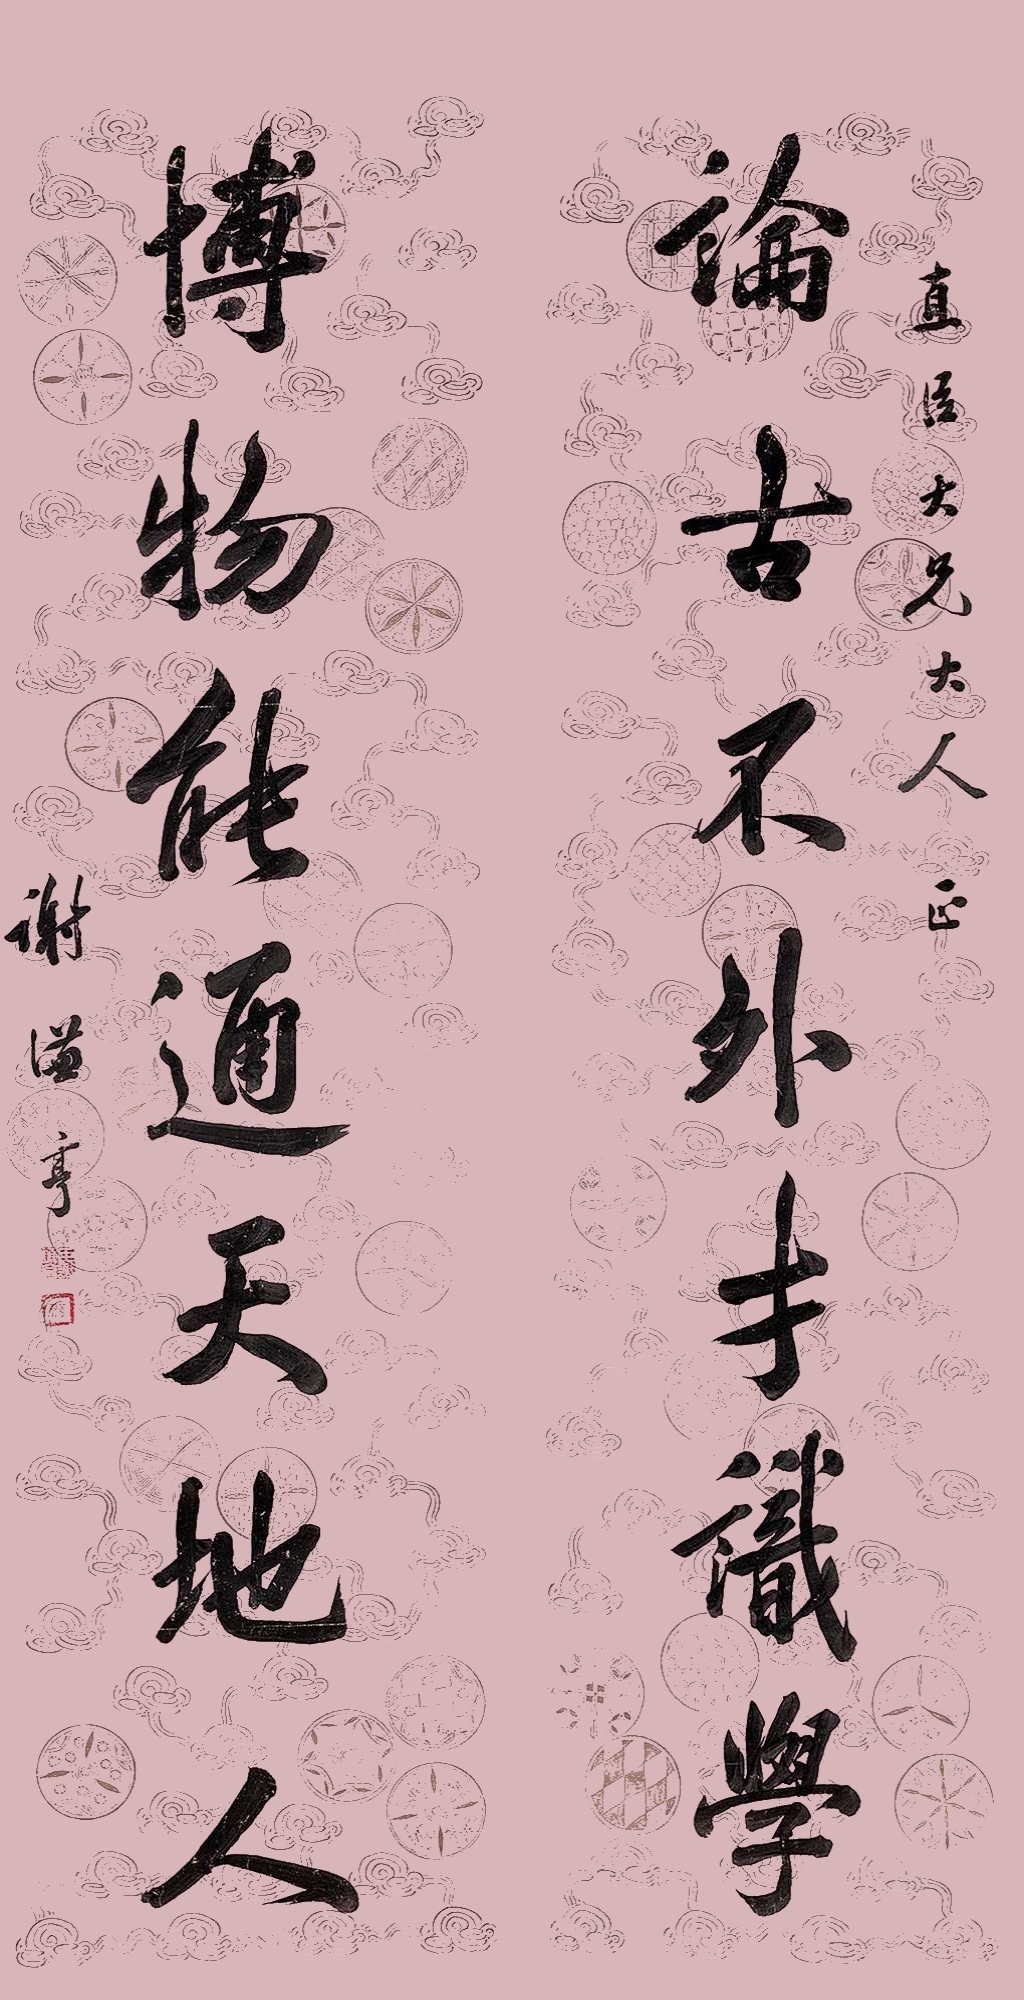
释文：论古不外才识学，博物能通天地人。直臣大兄大人正，谢谦亨。